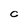
Character: c